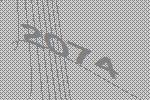
2074